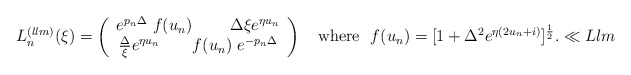
\begin{align*}L_{n}^{(llm)}(\xi) = \left( \begin{array}{c} e^{p_n \Delta }~f(u_n)~ \qquad {\Delta}{\xi}e^{\eta u_n} \\ \frac{\Delta}{\xi}e^{\eta u_n} \qquad f(u_n)~ e^{-p_n \Delta } \end{array} \right) \quad \mbox {where} \ \ f(u_n)=[ 1 + {\Delta^2} e^{\eta(2u_n+i)} ]^{{1 \over 2}}.\ll{Llm}\end{align*}